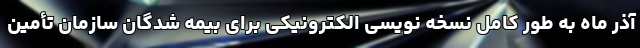
آذر ماه به طور کامل نسخه نویسی الکترونیکی برای بیمه شدگان سازمان تأمین